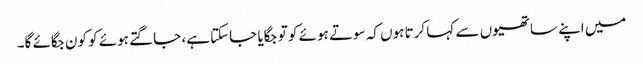
میں اپنے ساتھیوں سے کہا کرتا ہوں کہ سوتے ہوئے کو تو جگایا جاسکتا ہے، جاگتے ہوئے کو کون جگائے گا۔